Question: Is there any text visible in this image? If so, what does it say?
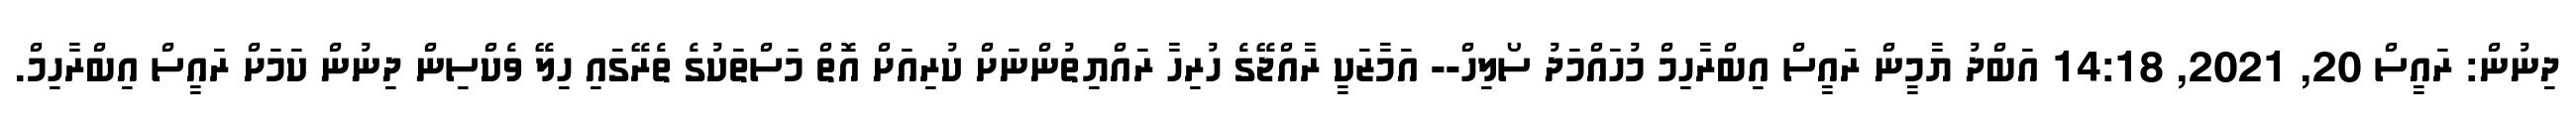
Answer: ދިނުން: ރައީސް 20, 2021, 14:18 އަބްދު ޔާމީން ރައީސް އިބްރާހިމް މުހައްމަދު ސޯލިހް-- އަމާޒަކީ ރާއްޖޭގެ ހުރިހާ ރައްޔިތުންނަށް ކުރިއަށް އޮތް މަސްތަކުގެ ތެރޭގައި ހިލޭ ވެކްސިން ދިނުން ކަމަށް ރައީސް އިބްރާހިމް.